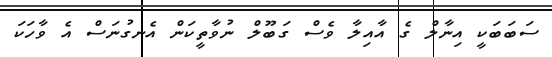
ސަބަބަކީ އިނާލް ގެ އާއިލާ ވެސް ގަބޫލް ނުވާތީކަން އެނގުނަސް އެ ވާހަކަ